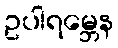
ဥပါရမ္ဘေန